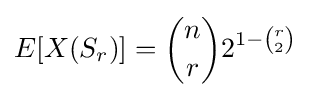
E[X(S_{r})]={n \choose r}2^{1-{r \choose 2}}